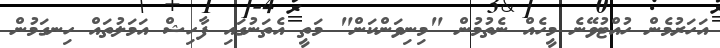
އަހަރުމެން ހުއްޓުވޭނެ މީހެއް ނެތުމުން "މިނިވަންކަން" މަތީ އެތަނުގައި ފާހިޝް އަމަލުތައް ހިނގަމުން